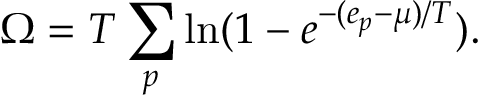
\Omega = T \sum _ { p } \ln ( 1 - e ^ { - ( e _ { p } - \mu ) / T } ) .